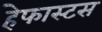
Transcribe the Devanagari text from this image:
हेफास्टस